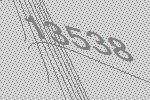
13538